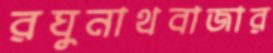
রঘুনাথবাজার